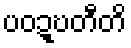
ပဝဍ္ဎတီတိ